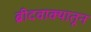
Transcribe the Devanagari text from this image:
ब्रीदवाक्यातून